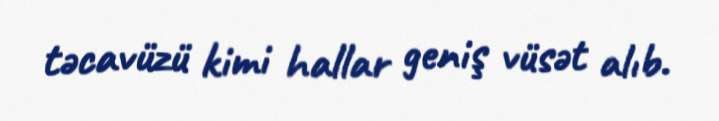
təcavüzü kimi hallar geniş vüsət alıb.